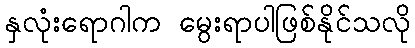
နှလုံးရောဂါက မွေးရာပါဖြစ်နိုင်သလို